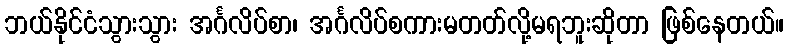
ဘယ်နိုင်ငံသွားသွား အင်္ဂလိပ်စာ၊ အင်္ဂလိပ်စကားမတတ်လို့မရဘူးဆိုတာ ဖြစ်နေတယ်။